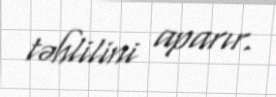
təhlilini aparır.